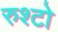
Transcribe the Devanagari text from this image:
रुश्टो